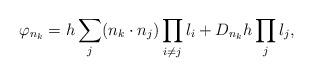
LaTeX: \begin{align*}\varphi_{n_k} = h \sum_j (n_k \cdot n_j)\prod_{i\neq j}l_i + D_{n_k}h\prod_j l_j,\end{align*}